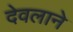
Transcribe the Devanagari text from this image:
देवलाने